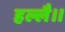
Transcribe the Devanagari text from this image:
हल्लै।।